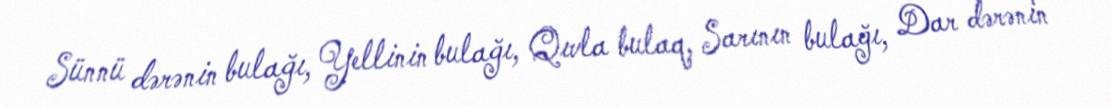
Sünnü dərənin bulağı, Yellinin bulağı, Qıvla bulaq, Sarının bulağı, Dar dərənin